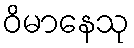
ဝိမာနေသု